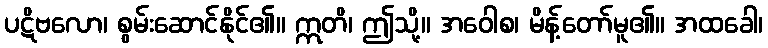
ပဋိဗလော၊ စွမ်းဆောင်နိုင်၏။ ဣတိ၊ ဤသို့။ အဝေါစ၊ မိန့်တော်မူ၏။ အထခေါ၊